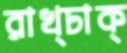
রাখ্ঢাক্